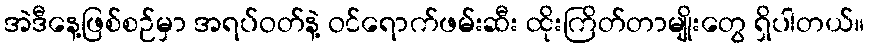
အဲဒီနေ့ဖြစ်စဉ်မှာ အရပ်ဝတ်နဲ့ ဝင်ရောက်ဖမ်းဆီး ထိုးကြိတ်တာမျိုးတွေ ရှိပါတယ်။